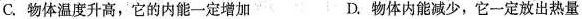
C.物体温度升高，它的内能一定增加 D.物体内能减少，它一定放出热量